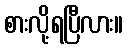
စားလို့ရပြီလား။